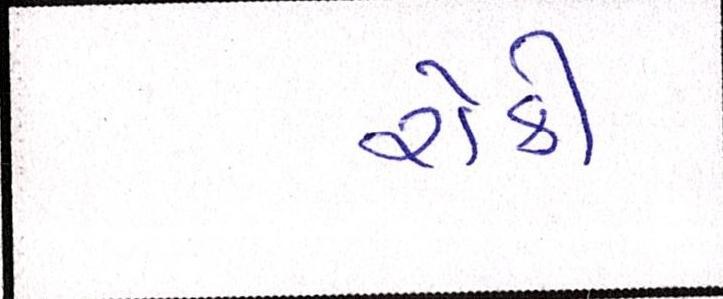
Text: રોકી